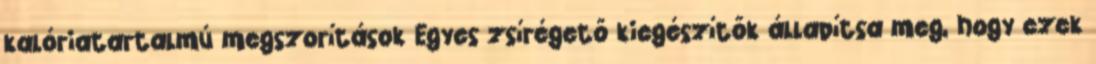
kalóriatartalmú megszorítások Egyes zsírégető kiegészítők állapítsa meg, hogy ezek